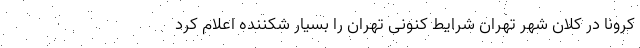
کرونا در کلان شهر تهران شرایط کنونی تهران را بسیار شکننده اعلام کرد